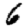
Digit: 6